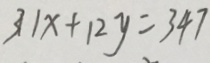
3 1 x + 1 2 y = 3 4 7